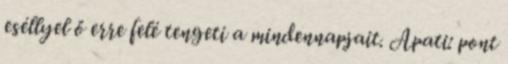
eséllyel ő erre felé tengeti a mindennapjait. Apati: pont